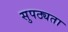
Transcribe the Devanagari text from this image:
सुपठ्यता